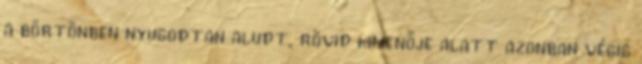
a börtönben nyugodtan aludt, rövid kimenője alatt azonban végig